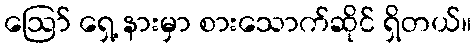
ဩော် ရှေ့ နားမှာ စားသောက်ဆိုင် ရှိတယ်။